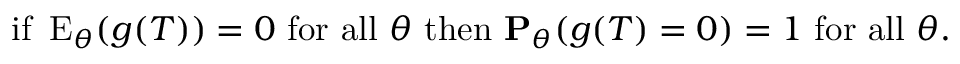
{ \mathrm { i f ~ } } \operatorname { E } _ { \theta } ( g ( T ) ) = 0 { \mathrm { ~ f o r ~ a l l ~ } } \theta { \mathrm { ~ t h e n ~ } } \mathbf { P } _ { \theta } ( g ( T ) = 0 ) = 1 { \mathrm { ~ f o r ~ a l l ~ } } \theta .